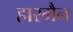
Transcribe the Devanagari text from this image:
हारमैन